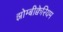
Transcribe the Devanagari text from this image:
झोम्बीक्वेरियम